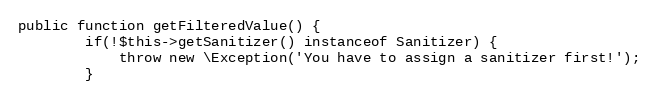
Language: PHP
public function getFilteredValue() {
        if(!$this->getSanitizer() instanceof Sanitizer) {
            throw new \Exception('You have to assign a sanitizer first!');
        }